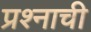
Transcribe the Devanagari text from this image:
प्रश्‍नाची